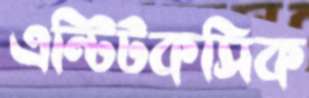
এন্টিটকসিক